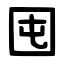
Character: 囤